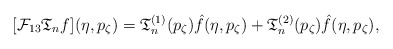
\begin{align*} [\mathcal{F}_{13} \mathfrak{T}_n f] (\eta, p_\zeta) = \mathfrak{T}^{(1)}_n (p_\zeta) \hat f (\eta, p_\zeta) + \mathfrak{T}^{(2)}_n (p_\zeta) \hat f (\eta, p_\zeta) , \end{align*}